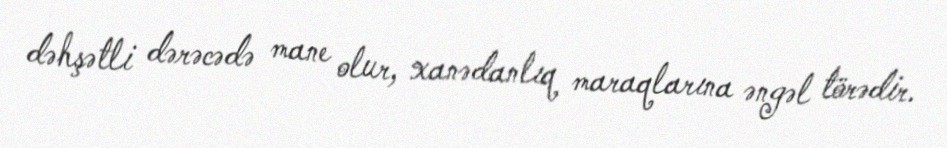
dəhşətli dərəcədə mane olur, xanədanlıq maraqlarına əngəl törədir.